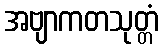
အဗျာကတသုတ္တံ